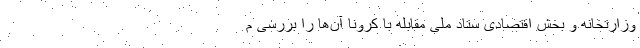
وزارتخانه و بخش اقتصادی ستاد ملی مقابله با کرونا آن‌ها را بررسی م